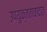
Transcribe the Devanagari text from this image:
उपयुक्ततावादात